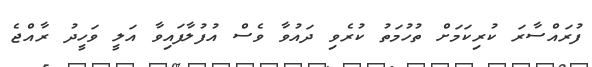
ފުރައްސާރަ ކުރިކަމަށް ތުހުމަތު ކުރެވި ދައުވާ ވެސް އުފުލާފައިވާ އަލީ ވަހީދު ރާއްޖެ